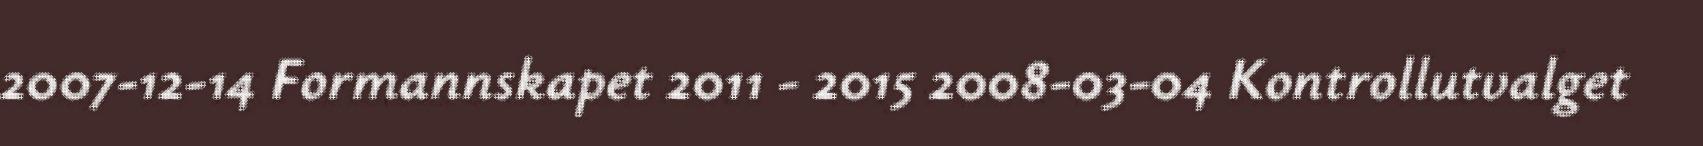
2007-12-14 Formannskapet 2011 - 2015 2008-03-04 Kontrollutvalget